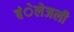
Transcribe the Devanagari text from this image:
बंेलेजली